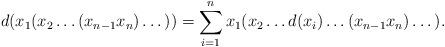
LaTeX: \begin{align*}d(x_1(x_2 \dots (x_{n-1}x_n)\dots))=\sum\limits_{i=1}^n x_1(x_2 \dots d(x_i) \dots (x_{n-1}x_n)\dots).\end{align*}